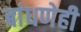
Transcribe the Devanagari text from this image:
बांधणेही